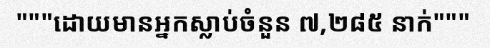
"""ដោយមានអ្នកស្លាប់ចំនួន ៧,២៨៥ នាក់"""